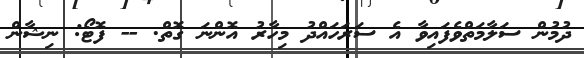
ދުމުން ސަލާމަތްވެފައިވާ އެ ސަރަހައްދު މިހާރު އޮންނަ ގޮތް. -- ފޮޓޯ: ނިޝާން